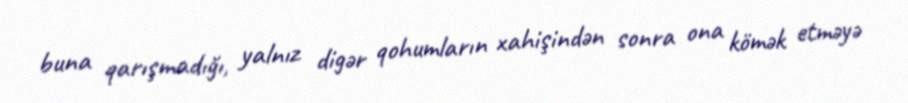
buna qarışmadığı, yalnız digər qohumların xahişindən sonra ona kömək etməyə